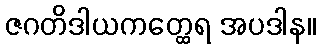
ဇဂတိဒါယကတ္ထေရ အပဒါန။